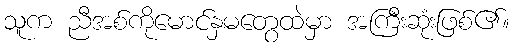
သူက ညီအစ်ကိုမောင်နှမတွေထဲမှာ အကြီးဆုံးဖြစ်၏။